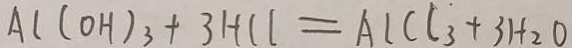
A C ( O H ) _ { 3 } + 3 H C l = A l c c _ { 3 } + 3 H _ { 2 } O